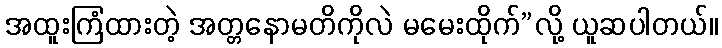
အထူးကြံထားတဲ့ အတ္တနောမတိကိုလဲ မမေးထိုက်”လို့ ယူဆပါတယ်။